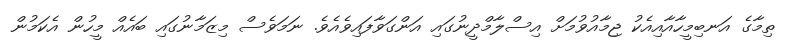
ތިމާގެ އަނބިމީހާއާއިއެކު ޖިމާއުވުމަށް އިސްލާމްދީނުގައި އަންގަވާފައިވެއެވެ. ނަމަވެސް މިޒަމާނުގައި ބައެއް މީހުން އެކަމުން